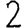
Digit: 2